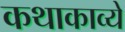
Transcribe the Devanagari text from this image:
कथाकाव्ये